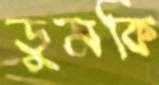
ডুমকি